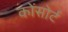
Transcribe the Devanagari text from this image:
कोंसोर्ट